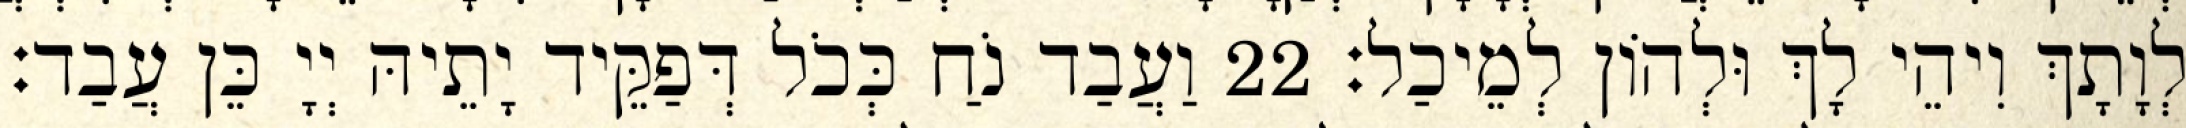
לְוָתָךְ וִיהֵי לָךְ וּלְהוֹן לְמֵיכַל׃ 22 וַעֲבַד נֹחַ כְּכֹל דְּפַקֵּיד יָתֵיהּ יְיָ כֵּן עֲבַד׃